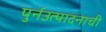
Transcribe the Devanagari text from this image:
पुर्नउत्पादनाची